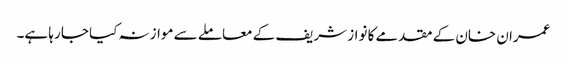
عمران خان کے مقدمے کا نواز شریف کے معاملے سے موازنہ کیا جا رہا ہے۔